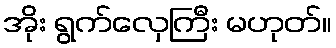
အိုး ရွက်လှေကြီး မဟုတ်။